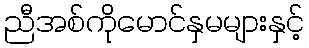
ညီအစ်ကိုမောင်နှမများနှင့်